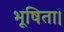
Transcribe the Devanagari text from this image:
भूषिता।